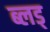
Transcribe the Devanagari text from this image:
ब्लड्